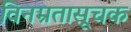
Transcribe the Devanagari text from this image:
विनम्रतासूचक